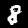
Label: 8